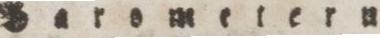
Barometern.